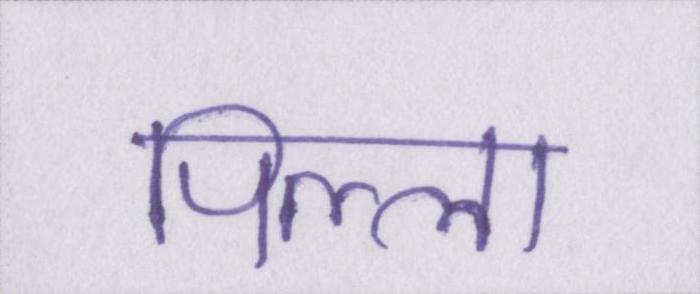
पिल्ला